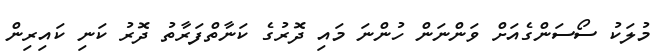
މުލަކު ސޯސަންގެއަށް ވަންނަން ހުންނަ މައި ދޮރުގެ ކަނާތްފަރާތު ދޮރު ކަނި ކައިރިން